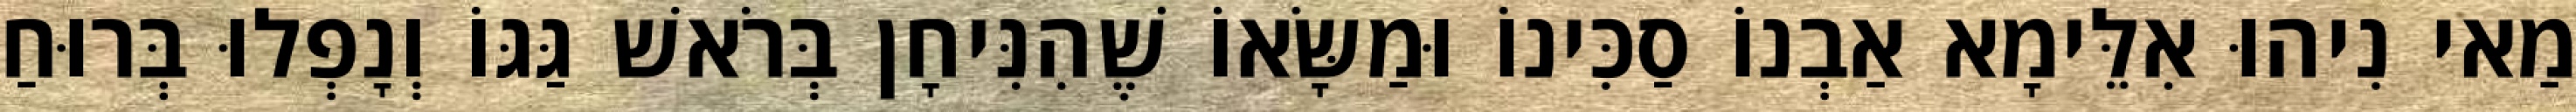
מַאי נִיהוּ אִלֵּימָא אַבְנוֹ סַכִּינוֹ וּמַשָּׂאוֹ שֶׁהִנִּיחָן בְּרֹאשׁ גַּגּוֹ וְנָפְלוּ בְּרוּחַ